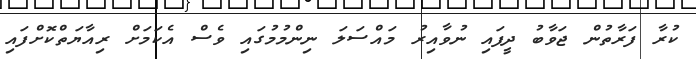
ކުރާ ފަރާތުން ޖަވާބު ދީފައި ނުވާއިރު މައްސަލަ ނިންމުމުގައި ވެސް އެކަމަށް ރިއާޔަތްކޮށްފައި